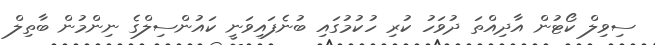
ސިވިލް ކޯޓުން އާދިއްތަ ދުވަހު ކުރި ހުކުމުގައި ބުނެފައިވަނީ ކައުންސިލްގެ ނިންމުން ބާތިލް